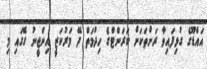
އައްޑޫގެ ގުޅިފައިވާ ރަށްތަކަށް ކަރަންޓްގެ ހިދުމަތް ދޭ މަރުކަޒީ އިންޖީނު ގޭގައި މި